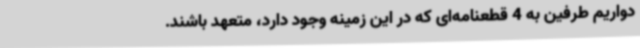
دواریم طرفین به 4 قطعنامه‌ای که در این زمینه وجود دارد، متعهد باشند.